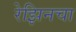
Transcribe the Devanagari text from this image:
रेझिनचा